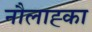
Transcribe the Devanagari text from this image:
नौलाह्का